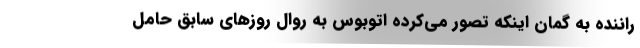
راننده به گمان اینکه تصور می‌کرده اتوبوس به روال روزهای سابق حامل